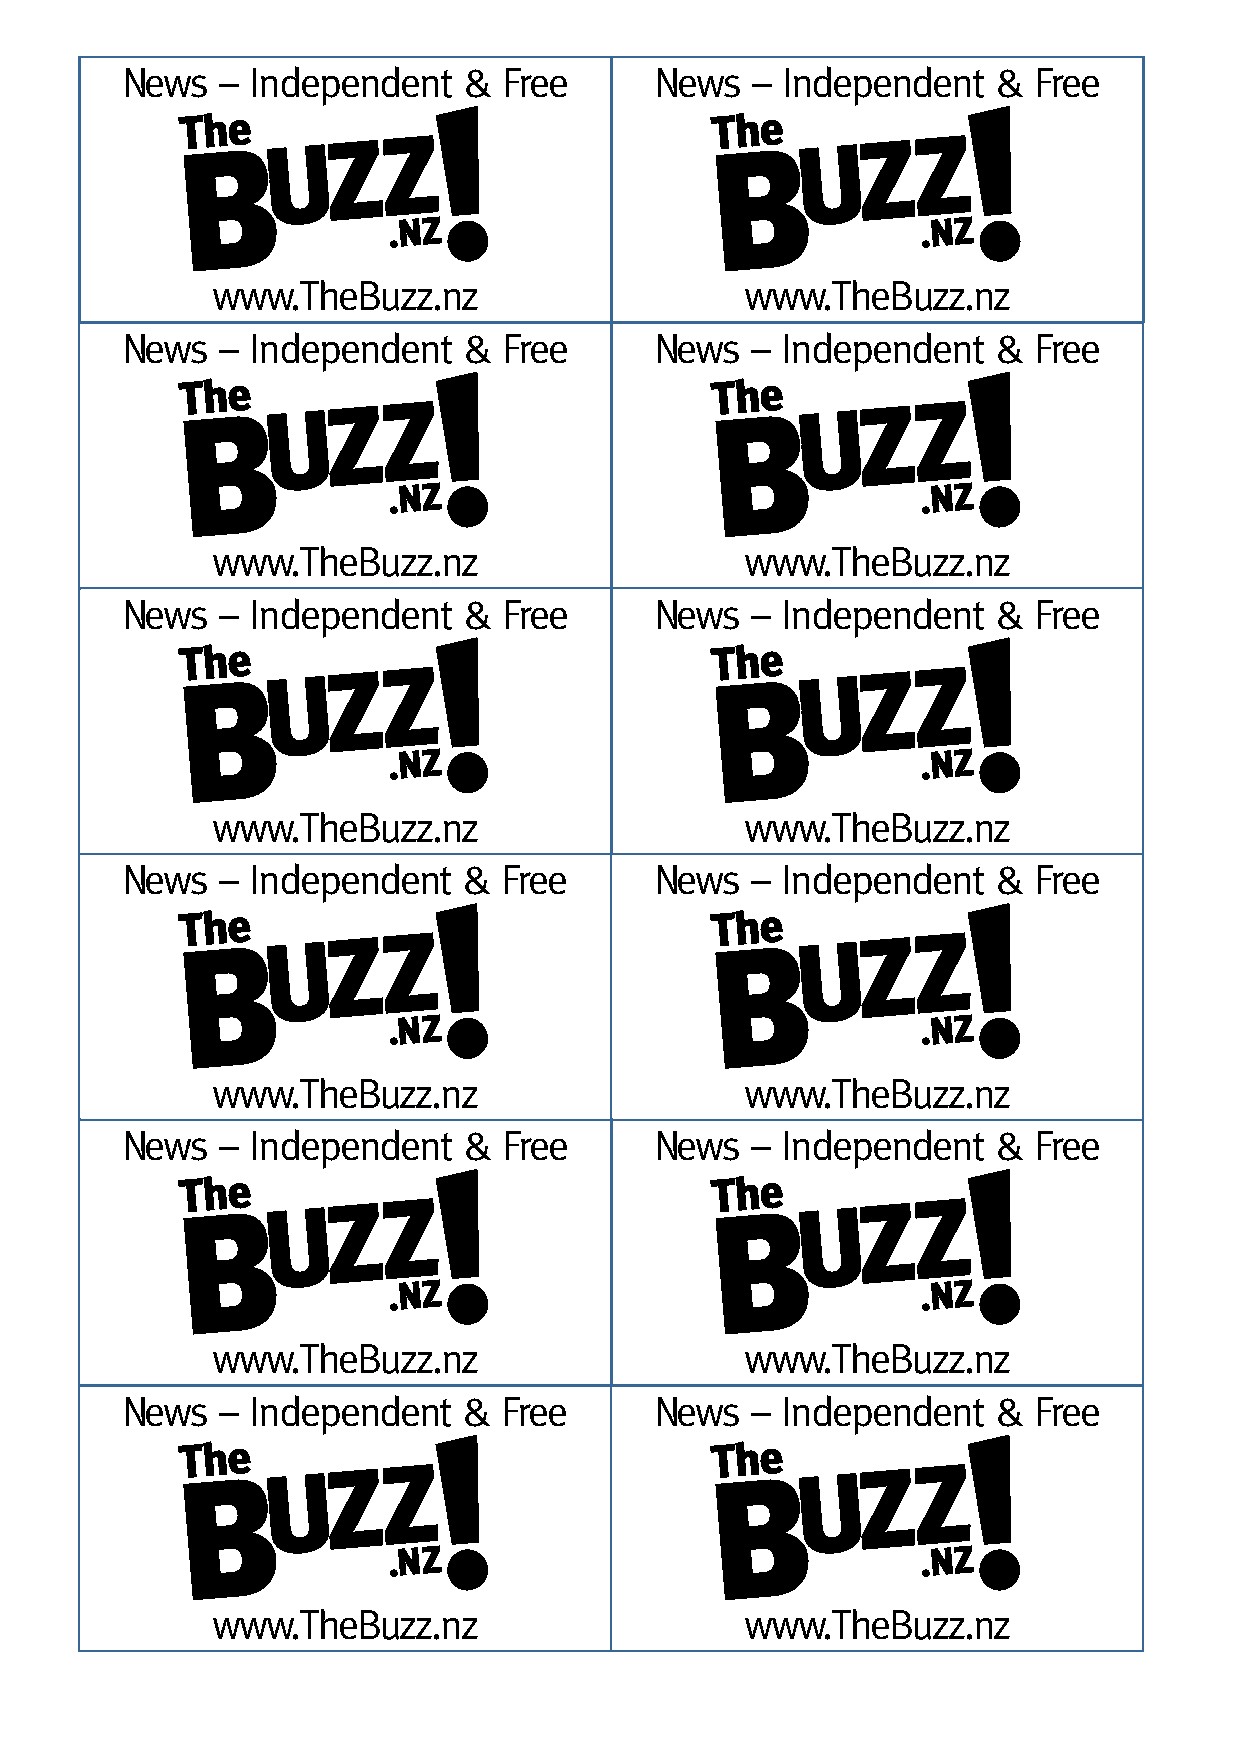
News   – Independent   & Free      News   – Independent   & Free
 !                                  !
 The                                The
 Buzz                               Buzz
 .NZ                                .NZ
 www.TheBuzz.nz                     www.TheBuzz.nz
 News   – Independent   & Free      News   – Independent   & Free
 !                                  !
 The                                The
 Buzz                               Buzz
 .NZ                                .NZ
 www.TheBuzz.nz                     www.TheBuzz.nz
 News   – Independent   & Free      News   – Independent   & Free
 !                                  !
 The                                The
 Buzz                               Buzz
 .NZ                                .NZ
 www.TheBuzz.nz                     www.TheBuzz.nz
 News   – Independent   & Free      News   – Independent   & Free
 !                                  !
 The                                The
 Buzz                               Buzz
 .NZ                                .NZ
 www.TheBuzz.nz                     www.TheBuzz.nz
 News   – Independent   & Free      News   – Independent   & Free
 !                                  !
 The                                The
 Buzz                               Buzz
 .NZ                                .NZ
 www.TheBuzz.nz                     www.TheBuzz.nz
 News   – Independent   & Free      News   – Independent   & Free
 !                                  !
 The                                The
 Buzz                               Buzz
 .NZ                                .NZ
 www.TheBuzz.nz                     www.TheBuzz.nz